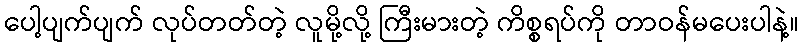
ပေါ့ပျက်ပျက် လုပ်တတ်တဲ့ လူမို့လို့ ကြီးမားတဲ့ ကိစ္စရပ်ကို တာဝန်မပေးပါနဲ့။